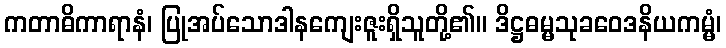
ကတာဓိကာရာနံ၊ ပြုအပ်သောဒါနကျေးဇူးရှိသူတို့၏။ ဒိဋ္ဌဓမ္မသုခဝေဒနိယကမ္မံ၊